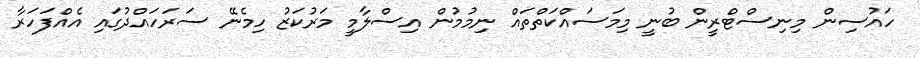
ހައުސިން މިނިސްޓްރީން ބުނީ މިމަސައްކަތްތައް ނިމުމުން އިސްލާމީ މަރުކަޒު ހިމެނޭ ސަރަހައްދުގައި އެއްފަހަރާ